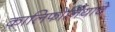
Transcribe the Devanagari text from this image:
कालिफोर्नियाचे